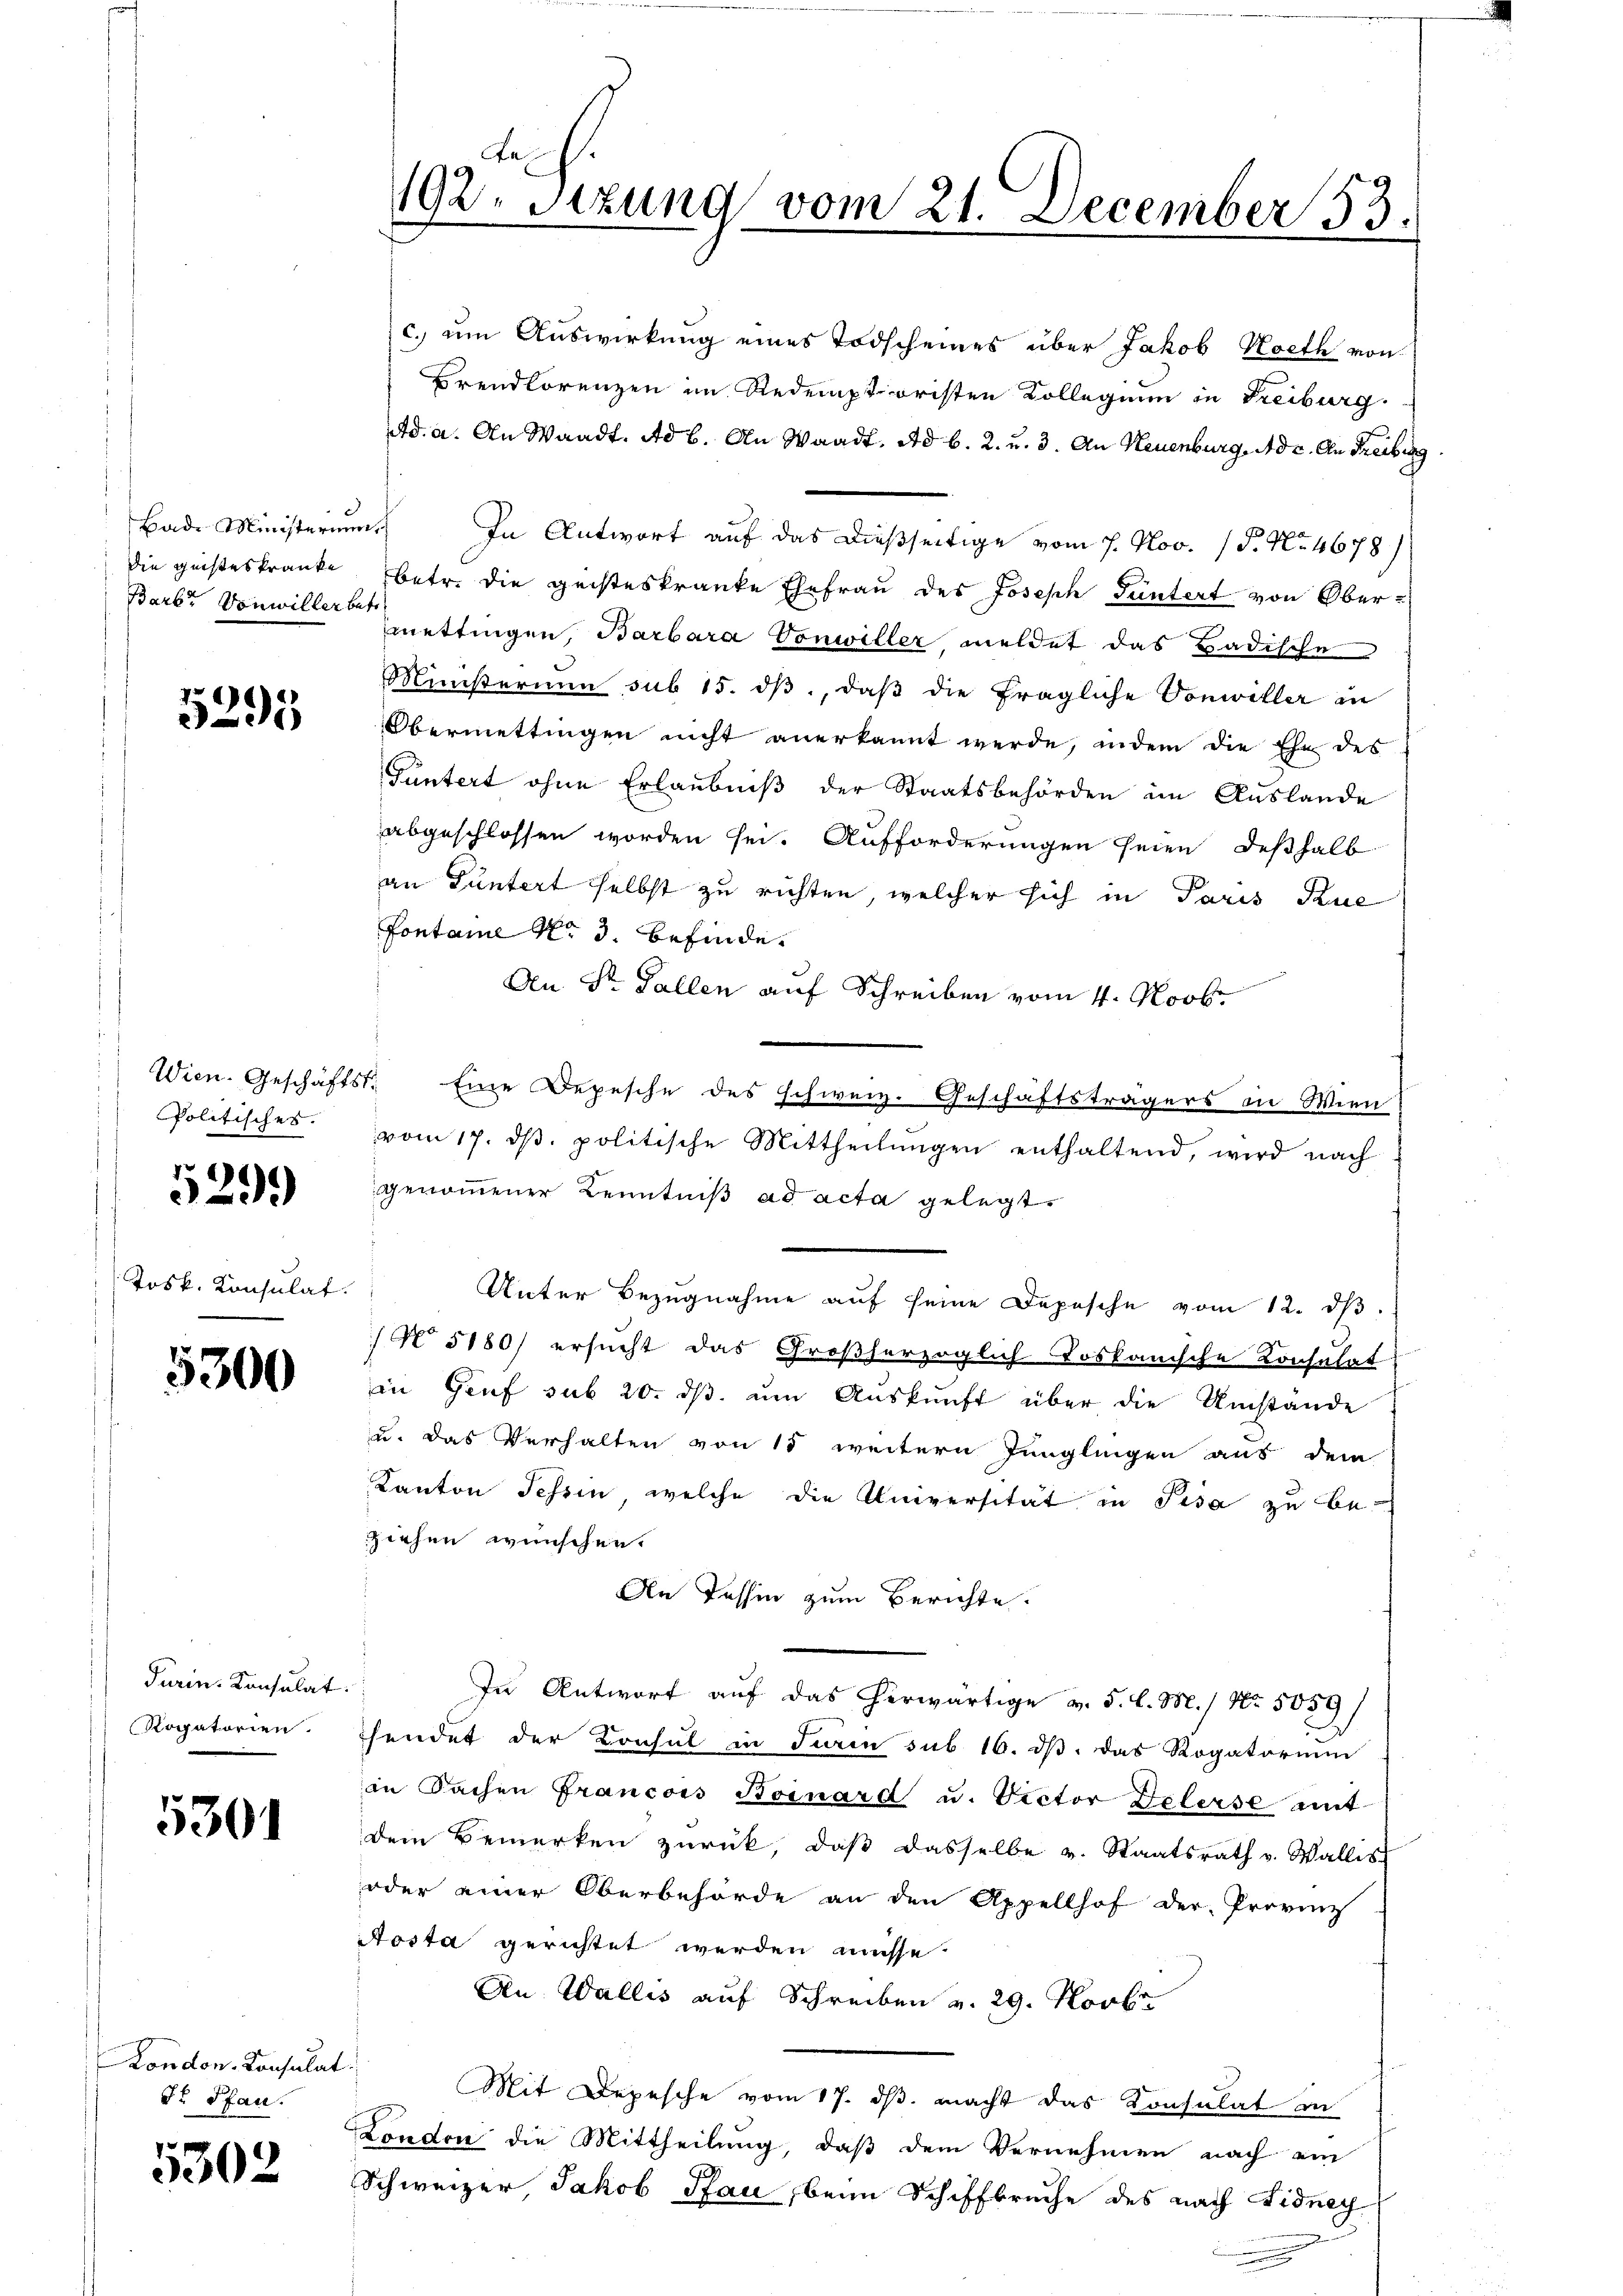
Bad Ministerium
Die Geisteskranke
Barb. Vonwiller betr

5295

Politisches.

299)

Josk. Konsulat

5300

Turin. Konsulat
Rogatorien.

5301

London Konsulat
Dr. Pfan

5302

192. Stung vom 21. December 53.

c. um Auswirkung eines Todscheines über Jakob Koeth von
Brendlorenzen im Redemptoristen Kollegium in Freiburg.
Ad. a. An Waadt. Ad b. An Waadt, ad b. 2. u. 3. An Neuenburg, Ad 2. An Freibe
In Antwort auf das dießseitige vom 7. Nov. 15. No. 4678)
betr. die geisteskranke Ehefrau des Joseph Püntert von Obermettingen, Barbara Vonwiller meldet das Badische
Ministerium sub 15. dβ, daβ die fragliche Vonwiller in
Obermettingen nicht anerkannt werde, indem die Ehe des
Füntert ohne Erlaubniβ der Staatsbehörden im Auslande
abgeschlossen worden sei. Aufforderungen seien, deßhalb
an Funtert selbst zu richten, welcher sich in Paris Tue
Pontane No 3. befinde.
An Sr. Gallen auf Schreiben vom 4. Novbr
Wien. Geschäfts: Eine Depesche des schweiz. Geschäftsträgers in Wien
vom 17. dβ. politische Mittheilŭngen enthaltend, wird nach
genommener Kenntniß ad acta gelegt.
Unter Bezugnahme aŭf seine Depesche vom 12. dβ.
(N 5180) ersucht das Großherzoglich Toskanische Konsulat
in Genf sub 20. dβ. um Auskunft über die Umstände
u. das Verhalten von 15 weitern Jünglingen aus dem
Kanton Schren, welche die Universität in Pisa zu be-
ziehen wünschen.
An Tessin zum Berichte.
In Antwort auf das herwärtige v. 5. d. M. / No. 5059/
hendet der Konsul in Paren sub 16. dβ das Rogatorium
in Sachen Francois Boinard u. Victor Delerse mit
dem Bemerken zŭrück, daβ dasselbe v. Staatsrath v. Wallis
oder einer Oberbehörde an den Appellhof der Provinis
Aosta gerichtet werden müsse.
An Wallis auf Schreiben v. 29. Novbr
Mit Depesche vom 17. ds. macht das Konsulat in
London die Mittheilung, daß dem Vernehmen nach ein
Schweizer, Jakob Pau, beim Schiffbruche des nach Fidney